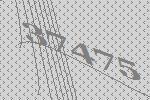
37475